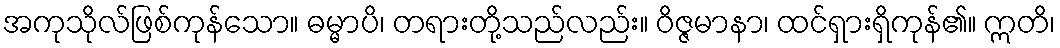
အကုသိုလ်ဖြစ်ကုန်သော။ ဓမ္မာပိ၊ တရားတို့သည်လည်း။ ဝိဇ္ဇမာနာ၊ ထင်ရှားရှိကုန်၏။ ဣတိ၊